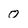
Character: 0